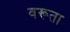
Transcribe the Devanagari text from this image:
वरूता